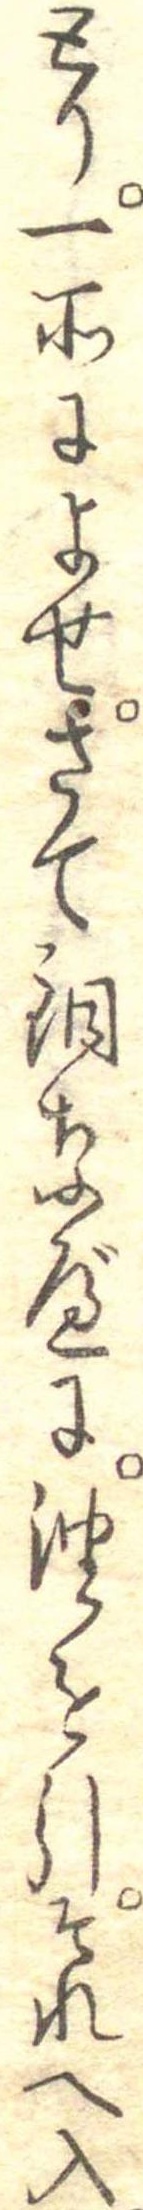
とり一所によせさて銅なべに油を引それへ入